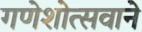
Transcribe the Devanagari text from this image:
गणेशोत्सवाने